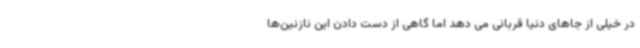
در خیلی از جاهای دنیا قربانی می دهد اما گاهی از دست دادن این نازنین‌ها